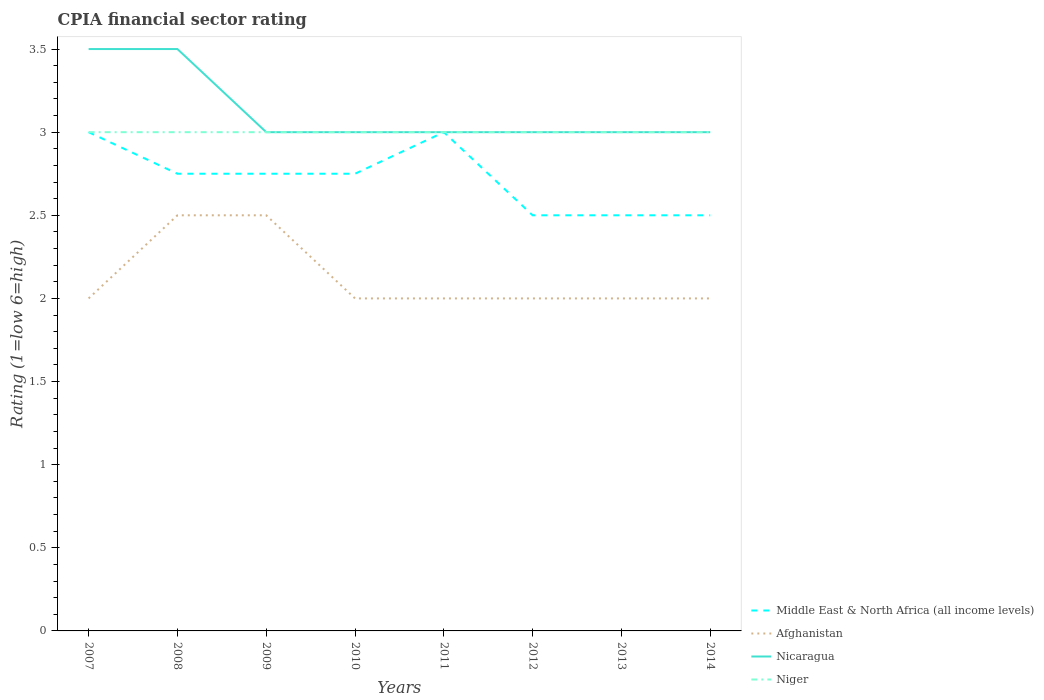
| Years | Middle East & North Africa (all income levels) | Afghanistan | Nicaragua | Niger |
 | --- | --- | --- | --- | --- |
 | 2007 | 3 | 2 | 3.5 | 3 |
 | 2008 | 2.75 | 2.5 | 3.5 | 3 |
 | 2009 | 2.75 | 2.5 | 3 | 3 |
 | 2010 | 2.75 | 2 | 3 | 3 |
 | 2011 | 3 | 2 | 3 | 3 |
 | 2012 | 2.5 | 2 | 3 | 3 |
 | 2013 | 2.5 | 2 | 3 | 3 |
 | 2014 | 2.5 | 2 | 3 | 3 |